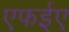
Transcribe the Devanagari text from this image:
एफईए